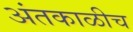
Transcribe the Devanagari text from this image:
अंतकाळीच